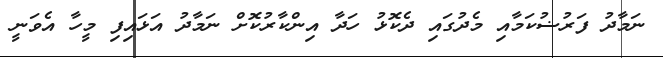
ނަމާދު ފަރުޟުކަމާއި މެދުގައި ދެކޮޅު ހަދާ އިންކާރުކޮށް ނަމާދު އަޅައިފި މީހާ އެވަނީ